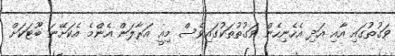
ވަގުތުގައި އާއި އަދި އެހެނިހެން ވަގުތުތަކުގައިވެސް މިއީ އަރާލަން އެންމެ އެކަށޭނަ ބޫޓަކަށް